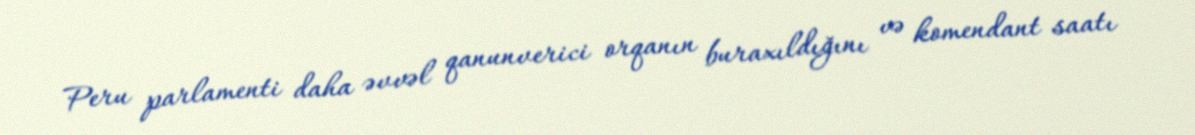
Peru parlamenti daha əvvəl qanunverici orqanın buraxıldığını və komendant saatı